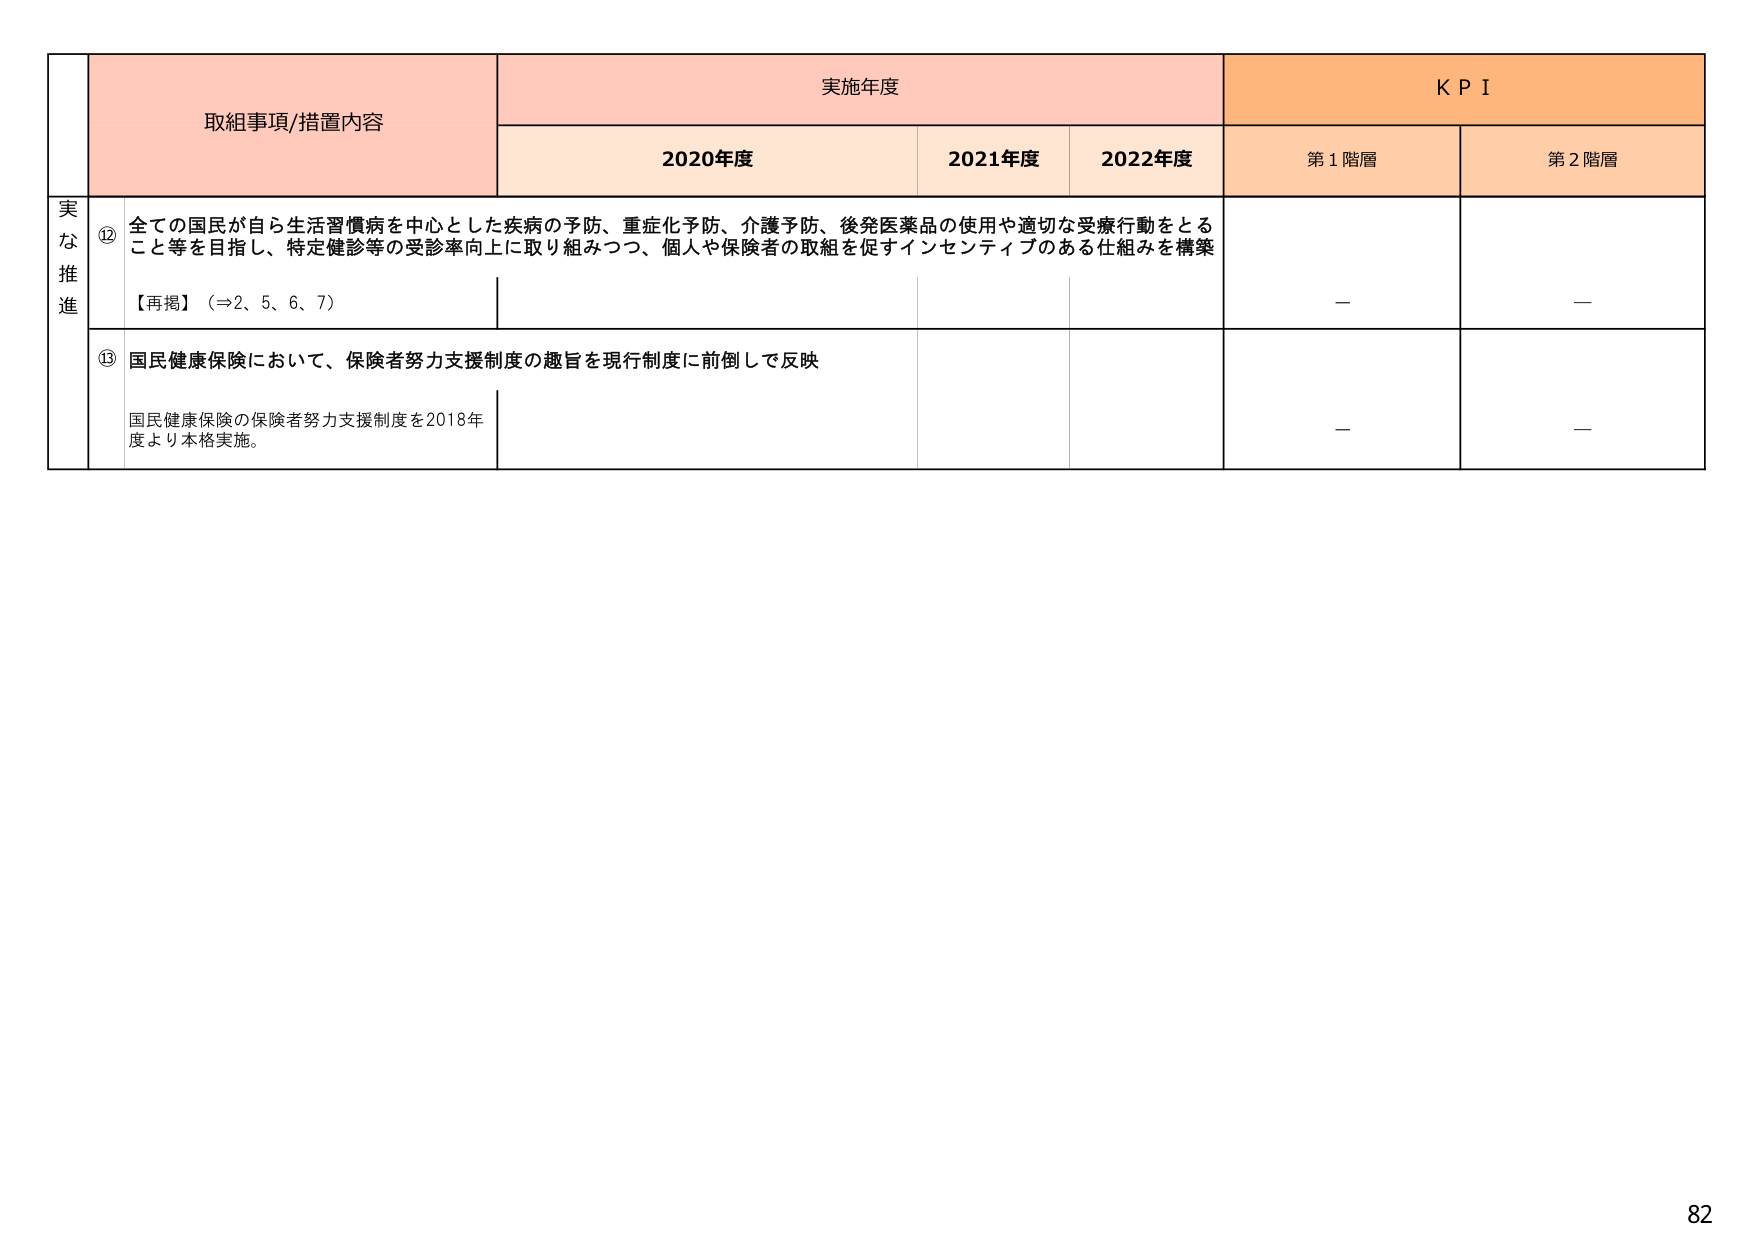
実施年度
K P I
取組事項/措置内容
2020年度
2021年度
2022年度
第1階層
第2階層
実な推進
⑫ 全ての国民が自ら生活習慣病を中心とした疾病の予防、重症化予防、介護予防、後発医薬品の使用や適切な受療行動をとること等を目指し、特定健診等の受診率向上に取り組みつつ、個人や保険者の取組を促すインセンティブのある仕組みを構築
【再掲】（⇒2、5、6、7）
－
－
⑬ 国民健康保険において、保険者努力支援制度の趣旨を現行制度に前倒しで反映
国民健康保険の保険者努力支援制度を2018年度より本格実施。
－
－
82